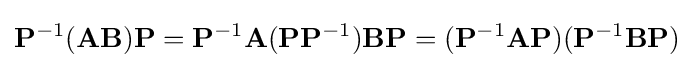
\mathbf {P} ^{-1}(\mathbf {AB} )\mathbf {P} =\mathbf {P} ^{-1}\mathbf {A} (\mathbf {P} \mathbf {P} ^{-1})\mathbf {B} \mathbf {P} =(\mathbf {P} ^{-1}\mathbf {A} \mathbf {P} )(\mathbf {P} ^{-1}\mathbf {B} \mathbf {P} )